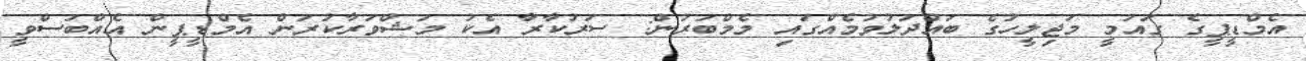
އެމްޑީޕީގެ ގައުމީ މަޖިލީހުގެ ބައްދަލުވުމެއްގައި މެމްބަރުން: ސަރުކާރާ އެކު މަޝްވަރާކުރަން އެމްޑީޕީން އެއްބަސްވީ